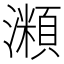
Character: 𤁾